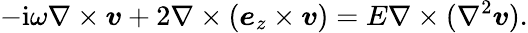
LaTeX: -\mathrm{i}\omega\nabla\times\boldsymbol{v}+2\nabla\times(\boldsymbol{e}_{z}\times\boldsymbol{v})=E\nabla\times(\nabla^{2}\boldsymbol{v}).